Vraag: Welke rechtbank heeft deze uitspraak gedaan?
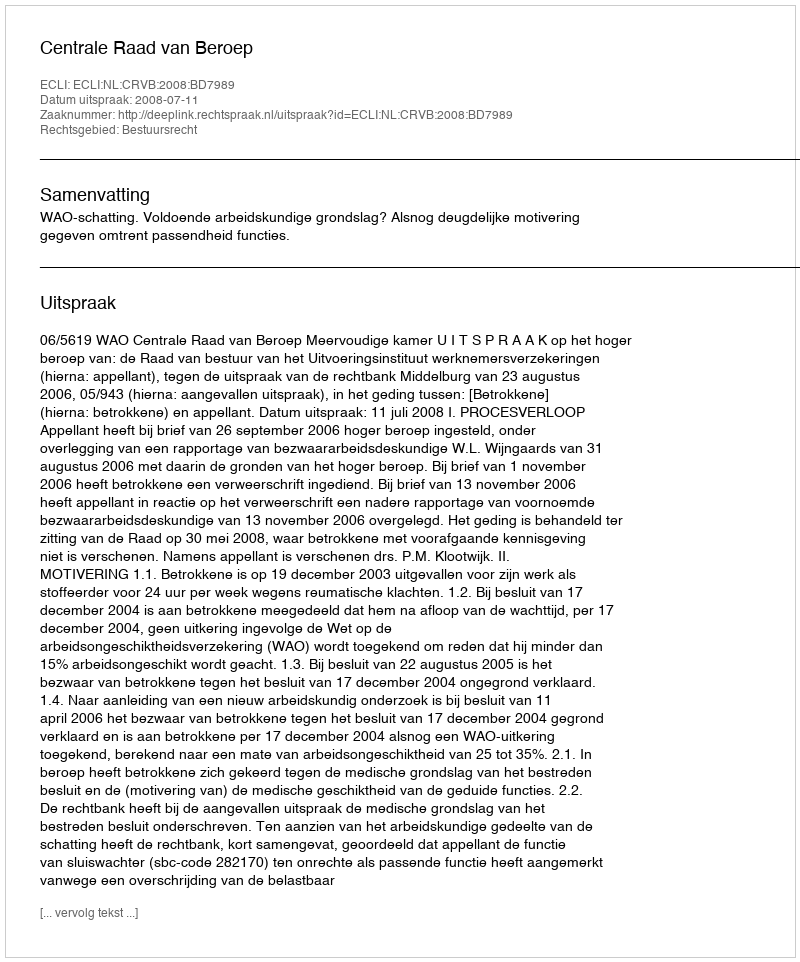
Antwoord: Centrale Raad van Beroep